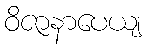
ဝိဇာနာပေယျ